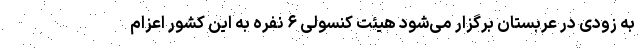
به زودی در عربستان برگزار می‌شود هیئت کنسولی ۶ نفره به این کشور اعزام